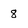
Character: 8